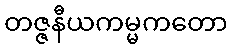
တဇ္ဇနီယကမ္မကတော